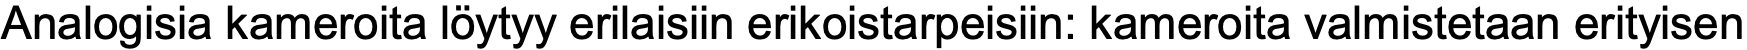
Analogisia kameroita löytyy erilaisiin erikoistarpeisiin: kameroita valmistetaan erityisen